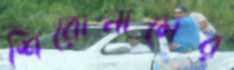
শিরোনামের